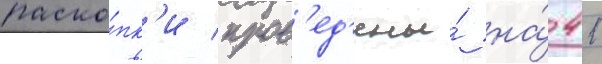
раско́пк'и пров'ед'ены́ на́ 41